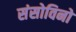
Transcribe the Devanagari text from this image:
संसोविनो